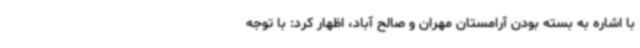
با اشاره به بسته بودن آرامستان مهران و صالح آباد، اظهار کرد: با توجه